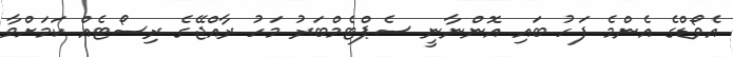
އެވޯޑްގެ އެންމެ ފަހު ބައި އޮންނާނީ ސެޕްޓެމްބަރު މަހު ރާއްޖޭގެ ރިސޯޓެއް ކަމަށްވާ